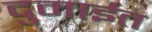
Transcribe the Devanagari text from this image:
दुमाईत